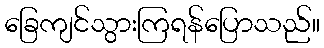
ခြေကျင်သွားကြရန်ပြောသည်။